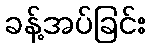
ခန့်အပ်ခြင်း